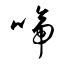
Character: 嗁